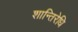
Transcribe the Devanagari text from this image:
शान्तिरेधि